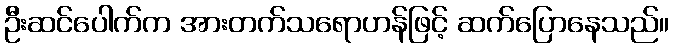
ဦးဆင်ပေါက်က အားတက်သရောဟန်ဖြင့် ဆက်ပြောနေသည်။